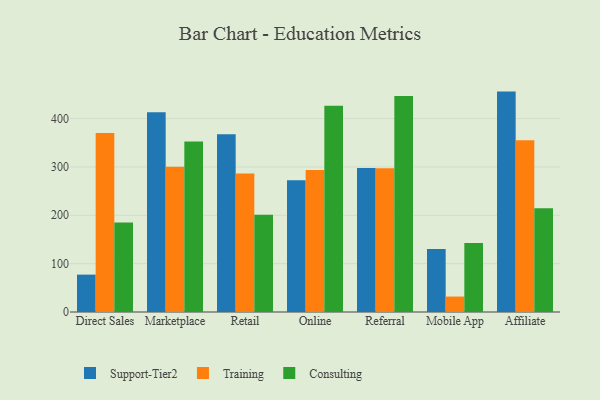
{"axis": {"x": "Channel", "y": "Bounce Rate (%)"}, "legend": ["Consulting", "Support-Tier2", "Training"], "data": [{"x": "Direct Sales", "y": 77.3, "type": "Support-Tier2"}, {"x": "Direct Sales", "y": 370.3, "type": "Training"}, {"x": "Direct Sales", "y": 185.3, "type": "Consulting"}, {"x": "Marketplace", "y": 413.1, "type": "Support-Tier2"}, {"x": "Marketplace", "y": 300.2, "type": "Training"}, {"x": "Marketplace", "y": 352.4, "type": "Consulting"}, {"x": "Retail", "y": 367.8, "type": "Support-Tier2"}, {"x": "Retail", "y": 286.3, "type": "Training"}, {"x": "Retail", "y": 201.0, "type": "Consulting"}, {"x": "Online", "y": 272.6, "type": "Support-Tier2"}, {"x": "Online", "y": 293.8, "type": "Training"}, {"x": "Online", "y": 426.6, "type": "Consulting"}, {"x": "Referral", "y": 297.7, "type": "Support-Tier2"}, {"x": "Referral", "y": 297.1, "type": "Training"}, {"x": "Referral", "y": 446.8, "type": "Consulting"}, {"x": "Mobile App", "y": 130.2, "type": "Support-Tier2"}, {"x": "Mobile App", "y": 31.9, "type": "Training"}, {"x": "Mobile App", "y": 142.5, "type": "Consulting"}, {"x": "Affiliate", "y": 455.8, "type": "Support-Tier2"}, {"x": "Affiliate", "y": 355.0, "type": "Training"}, {"x": "Affiliate", "y": 214.4, "type": "Consulting"}]}